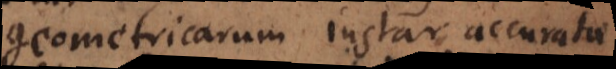
geometricarum instar accuratae